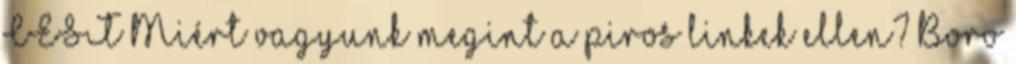
CEST Miért vagyunk megint a piros linkek ellen? Boro